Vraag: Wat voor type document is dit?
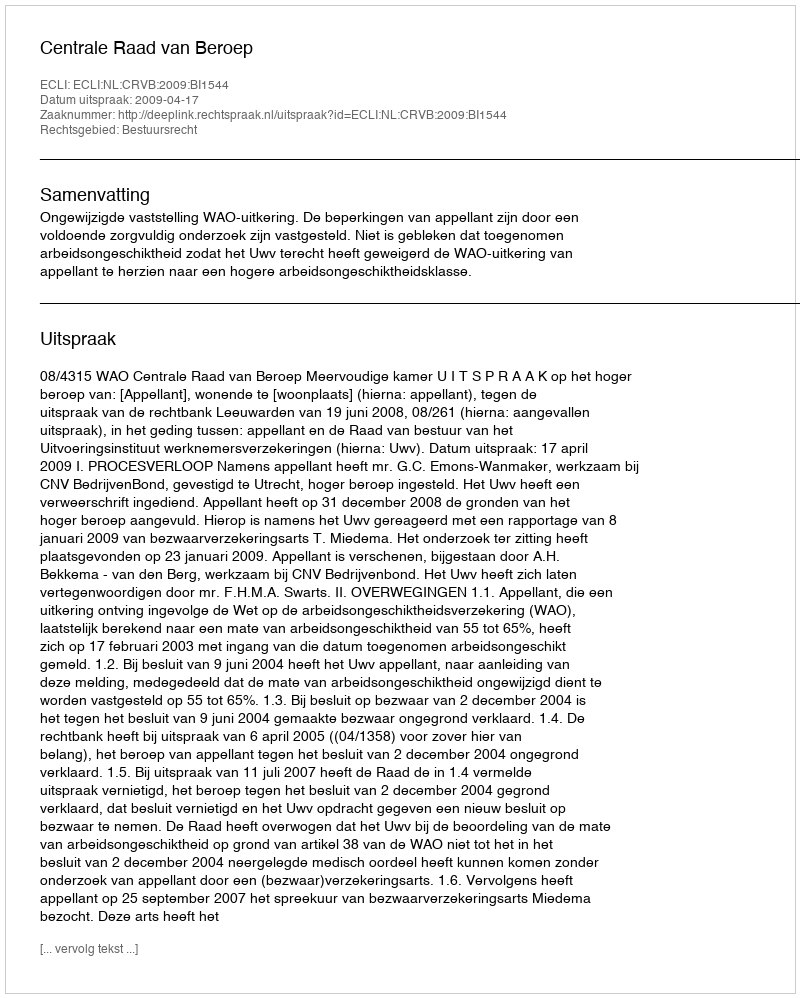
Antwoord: Uitspraak